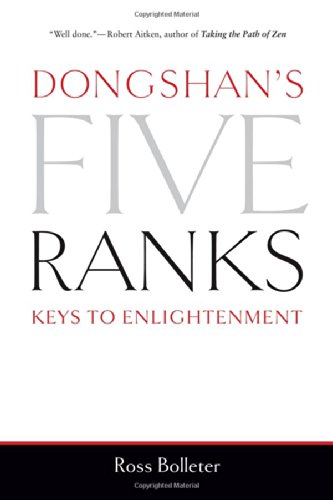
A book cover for Dongshan's Five Ranks: Keys to Enlightenment; Ross Bolleter; Religion & Spirituality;